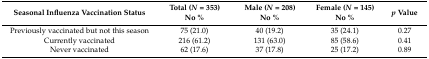
<table><thead><tr><td><b>Seasonal Influenza Vaccination Status</b></td><td><b>Total (<i>N</i> = 353) No %</b></td><td><b>Male (<i>N</i> = 208) No %</b></td><td><b>Female (<i>N</i> = 145) No %</b></td><td><b><i>p</i> Value</b></td></tr></thead><tbody><tr><td>Previously vaccinated but not this season </td><td>75 (21.0)</td><td>40 (19.2)</td><td>35 (24.1)</td><td>0.27</td></tr><tr><td>Currently vaccinated </td><td>216 (61.2)</td><td>131 (63.0)</td><td>85 (58.6)</td><td>0.41</td></tr><tr><td>Never vaccinated </td><td>62 (17.6)</td><td>37 (17.8)</td><td>25 (17.2)</td><td>0.89</td></tr></tbody></table>